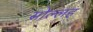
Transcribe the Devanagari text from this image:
सोल्लह